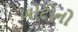
બોટોનો